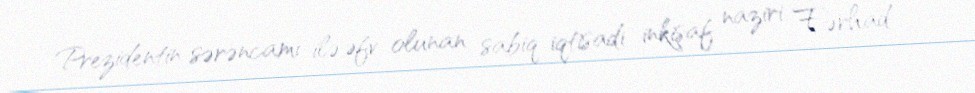
Prezidentin sərəncamı ilə əfv olunan sabiq iqtisadi inkişaf naziri Fərhad